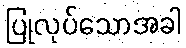
ပြုလုပ်သောအခါ